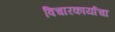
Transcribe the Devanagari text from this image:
विचारकार्याचा